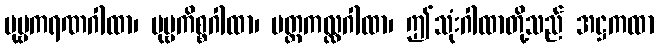
ပုဗ္ဗကရဏဂါထာ၊ ပုဗ္ဗကိစ္စဂါထာ၊ ပတ္တကလ္လဂါထာ၊ ဤသုံးဂါထာတို့သည် အဋ္ဌကထာ